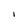
Character: I